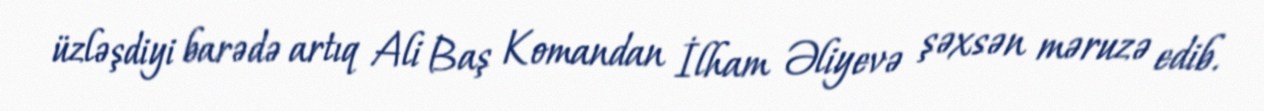
üzləşdiyi barədə artıq Ali Baş Komandan İlham Əliyevə şəxsən məruzə edib.